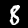
Digit: 8